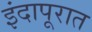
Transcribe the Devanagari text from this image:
इंदापूरात